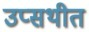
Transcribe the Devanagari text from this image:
उप्सथीत